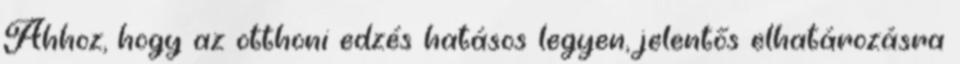
Ahhoz, hogy az otthoni edzés hatásos legyen, jelentős elhatározásra